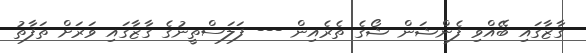
ގާޒާގައި ބޭއްވި ފެންޝަން ޝޯގެ ތެރެއިން --- ފަލަސްތީނުގެ ގާޒާގައި ވަރަށް ތަފާތު